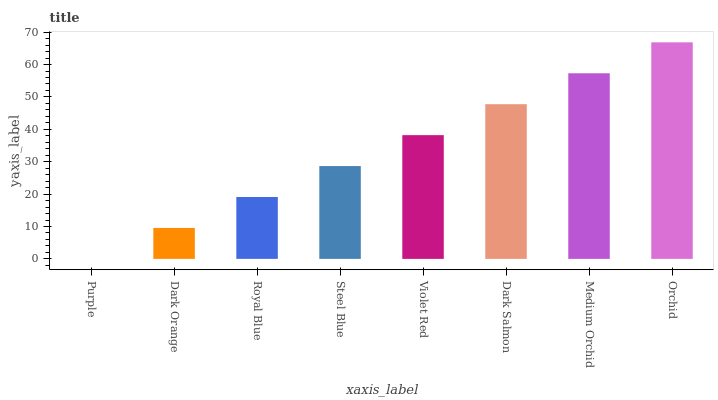
| xaxis_label | bars |
 | --- | --- |
 | Purple | 0 |
 | Dark Orange | 9.55 |
 | Royal Blue | 19.1 |
 | Steel Blue | 28.7 |
 | Violet Red | 38.2 |
 | Dark Salmon | 47.8 |
 | Medium Orchid | 57.3 |
 | Orchid | 66.9 |